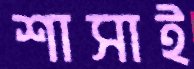
শাসাই